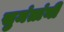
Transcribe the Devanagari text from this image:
सुमंतांनी